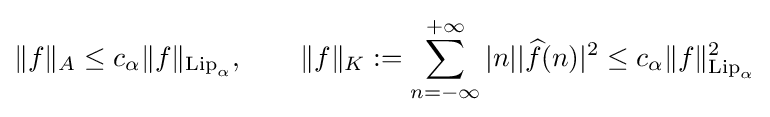
\|f\|_{A}\leq c_{\alpha }\|f\|_{{\rm {Lip}}_{\alpha }},\qquad \|f\|_{K}:=\sum _{n=-\infty }^{+\infty }|n||{\widehat {f}}(n)|^{2}\leq c_{\alpha }\|f\|_{{\rm {Lip}}_{\alpha }}^{2}